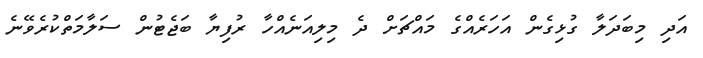
އަދި މިބަދަލާ ގުޅިގެން އަހަރެއްގެ މައްޗަށް ދެ މިލިއަނެއްހާ ރުފިޔާ ބަޖެޓުން ސަލާމަތްކުރެވޭނެ